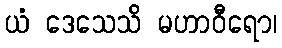
ယံ ဒေသေသိ မဟာဝီရော၊